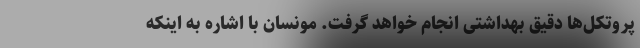
پروتکل‌ها دقیق بهداشتی انجام خواهد گرفت. مونسان با اشاره به اینکه